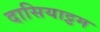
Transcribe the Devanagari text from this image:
दासियाट्टम